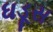
ધડૂસ